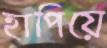
হাপিয়ে